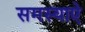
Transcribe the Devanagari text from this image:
समस्याऐ